Bréfritari: Björn Guðmundsson
Viðtakandi: Jón Borgfirðings Jónsson
Dagsetning: A-1870-03-04
Skrifað á: Stóra-Eyrarlandi  Eyf.
Óvíst

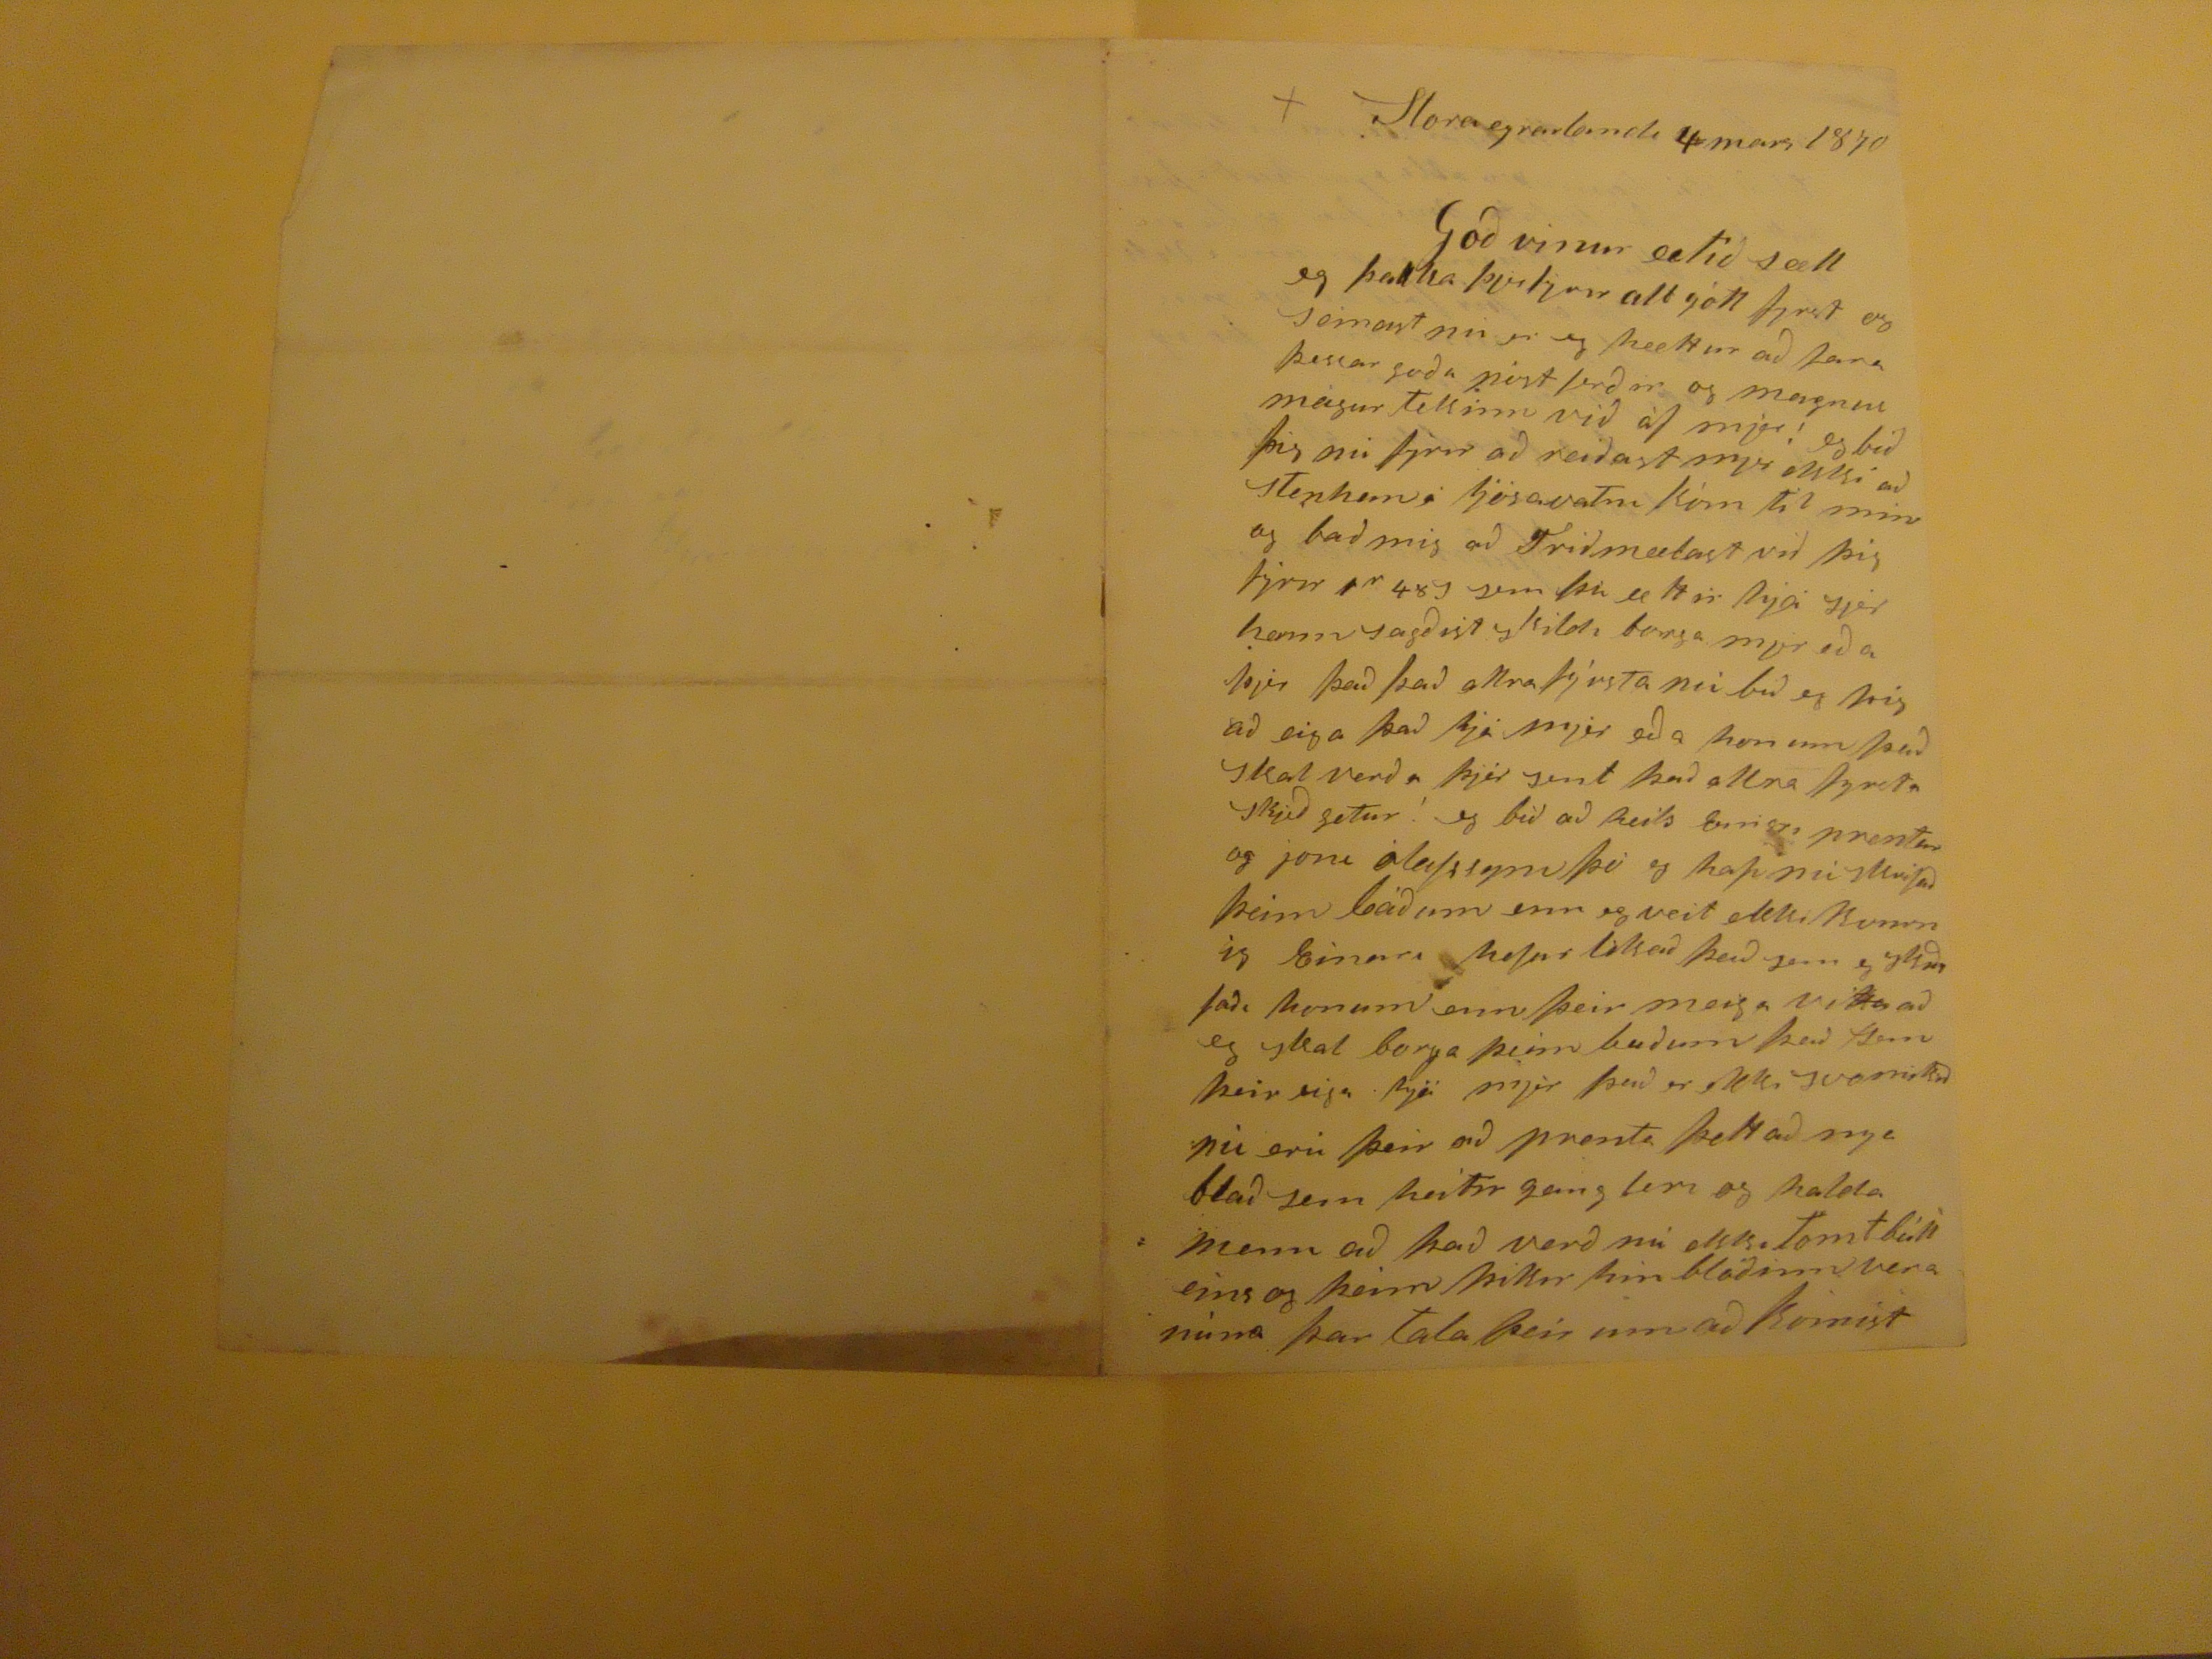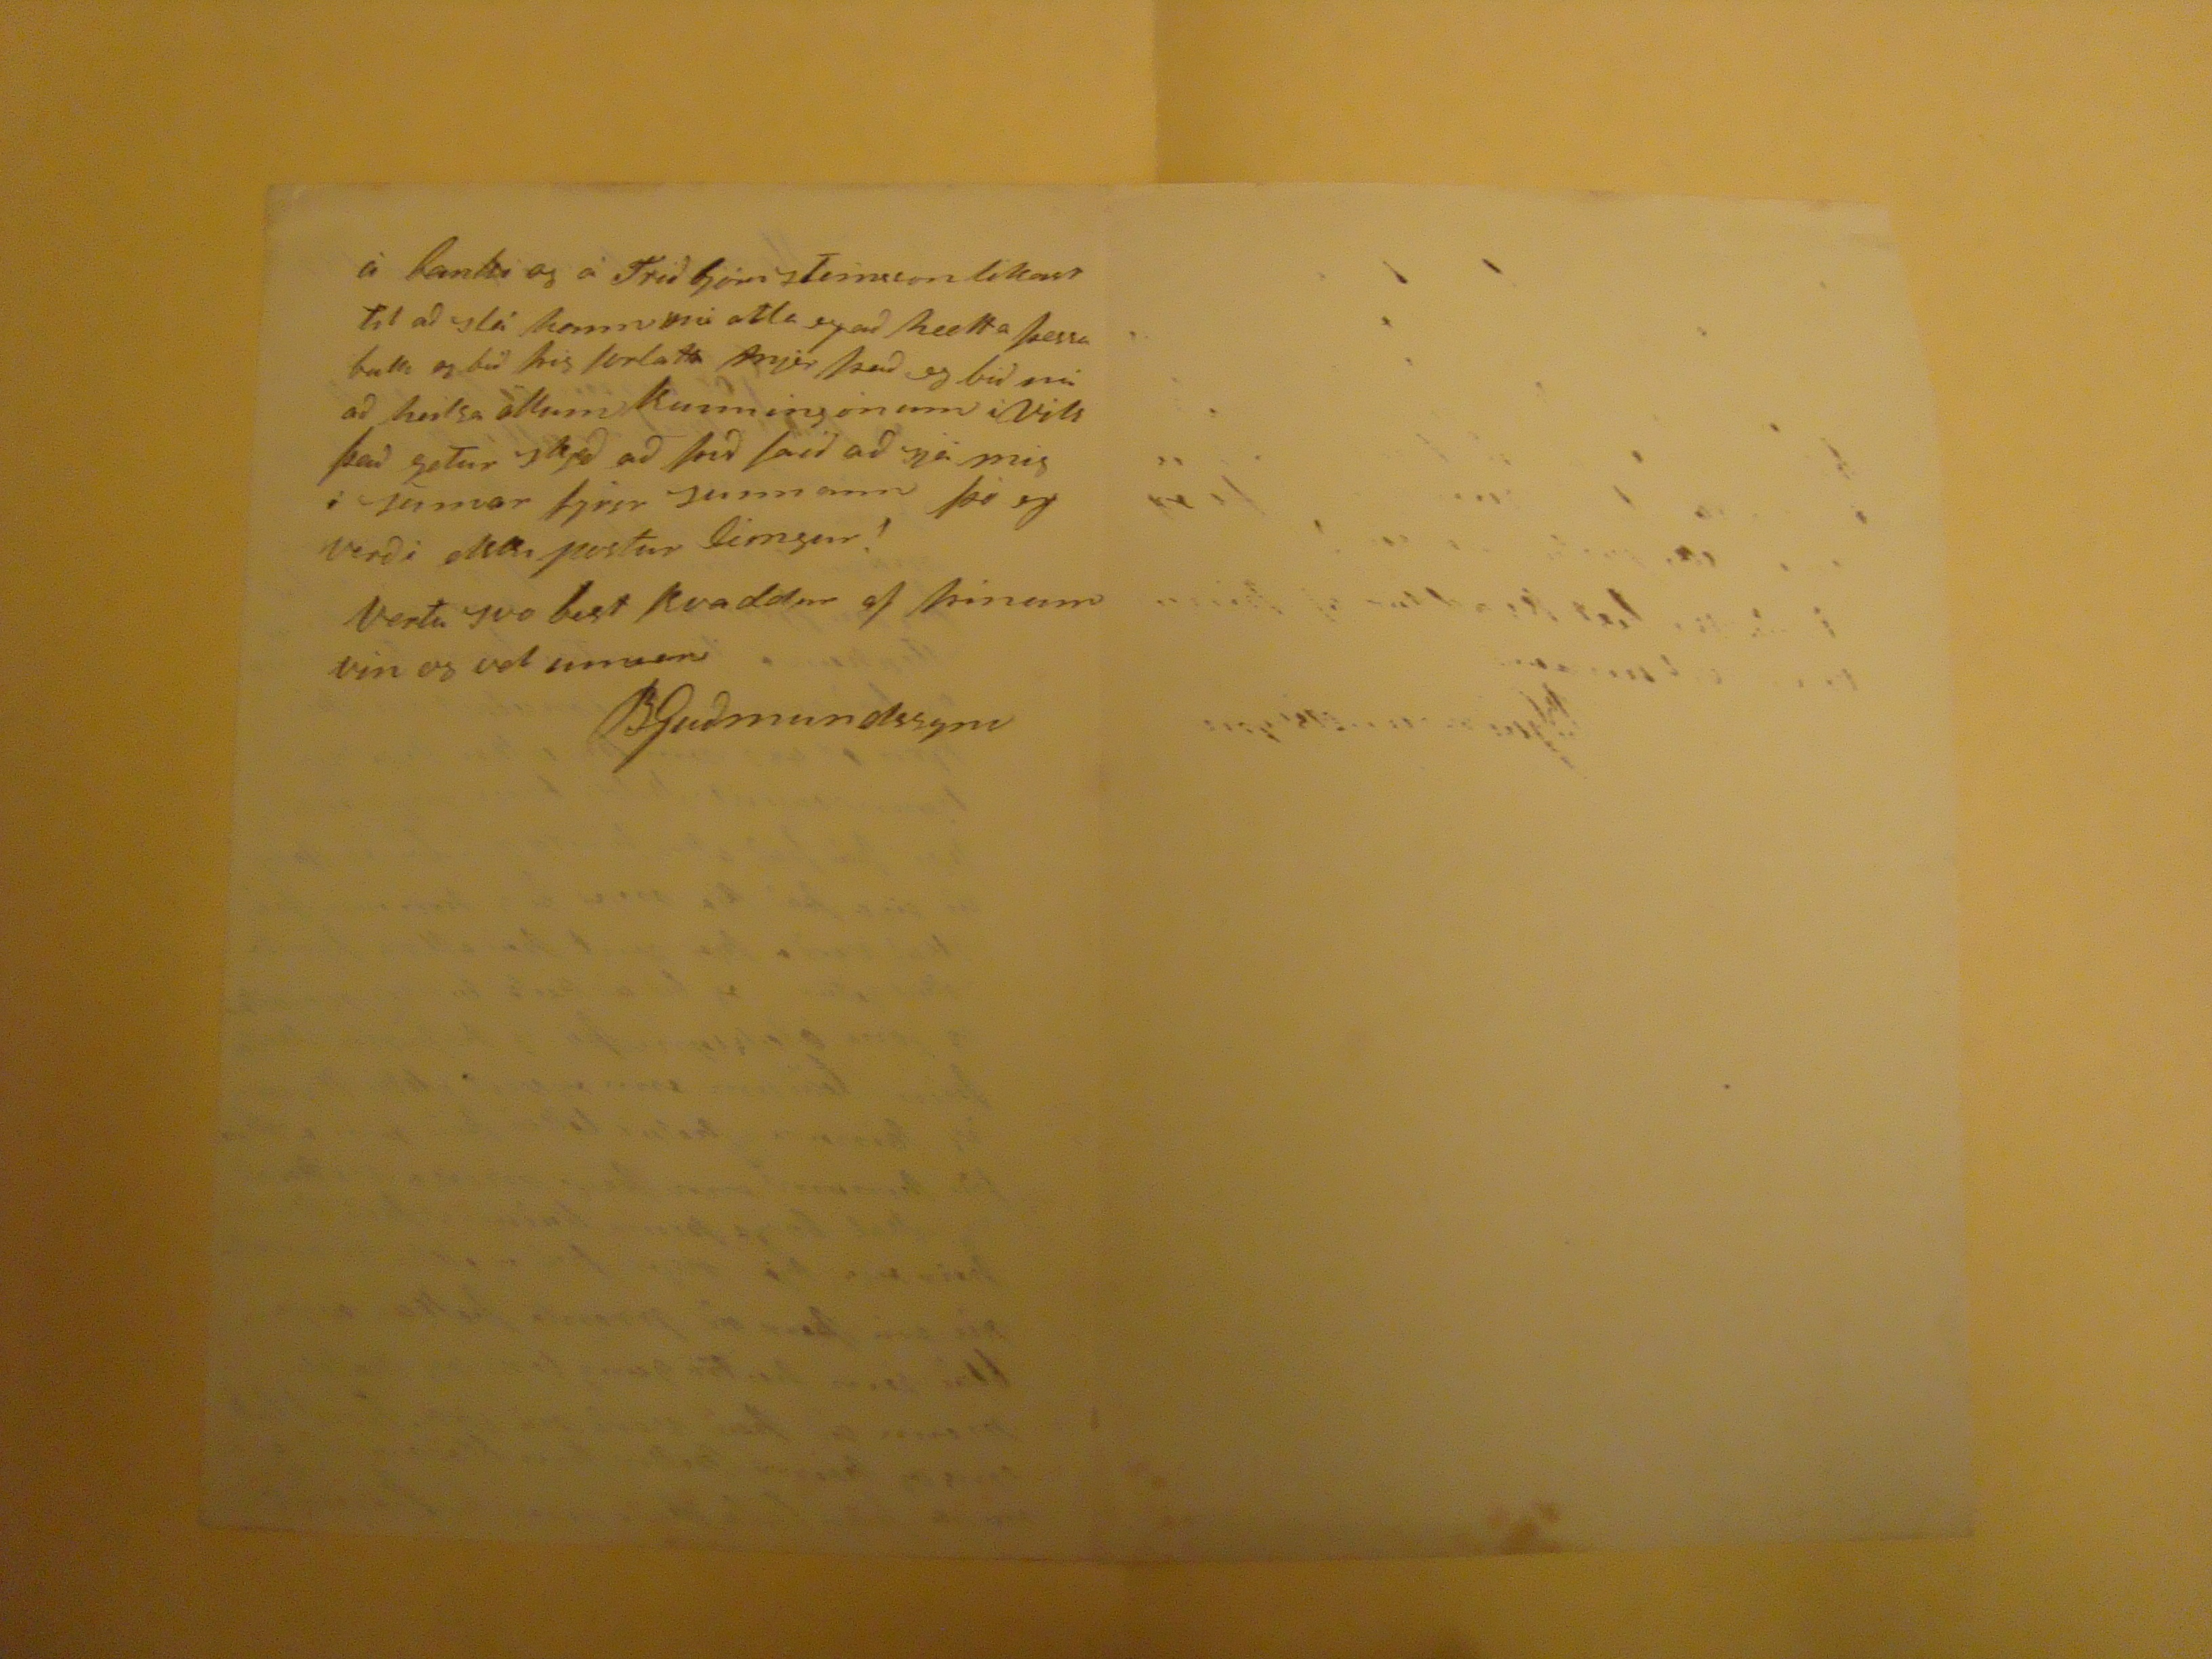

Storaeyrarlandi 4 mars 1870
God vinur ætíð sæll eg þakka
þvitjar
alt gott fjrst og seinast nú er eg hættur að fara þessar goða
póst
ferðir og magnus magur tekinn við af mjer! eg bið þig nú fyrir að reiðast mjer ekki að
stephaná
ljosavatn kom til min og bað mig að Friðmælast við þig fyrir
1
r
48s sem þú ættir hjá sjer hann sagðist skildi borga mjer eða þjer það það allra fyrsta nú bið eg þig að eiga það hjá mjer eða honum það skal verða þjer sent það allra fyrsta skjeð getur ! eg bið að heilsa
Eni??
prentar og joni olafssyni þó eg hafi nú skrifað þeim báðum enn eg veit ekki kvurnnig Einari hefur likað það sem eg
skrifaði
honum enn þeir meiga vita að eg skal borga þeim baðum það sem þeir eiga hjá mjer það er ekki svo mikið nú eru þeir að prenta þettað nya blað sem heitir gangleri og halda menn að það verð nú ekki tomt búll eins og þeim þikir hin blaðinn vera núna þar tala þeir um að komist
á
kanki
og á Friðbjörn steinson likast til að slá hann nú atla eg að hætta þessu bulli og bið þig forlatu mjer það eg bið nú að heilsa öllum kunningonum i Vik það getur skjeð að þið faið að sjá mig í sumar fyrir sunnann þó eg verði ekki postur lingur! Vertu svo best kvaddur af þinum vin og vel unnara
BGuðmundssyni